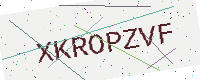
Text: XKROPZVF